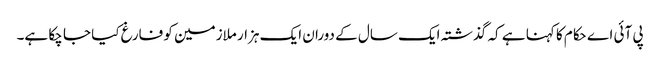
پی آئی اے حکام کا کہنا ہے کہ گذشتہ ایک سال کے دوران ایک ہزار ملازمین کو فارغ کیا جا چکا ہے۔